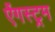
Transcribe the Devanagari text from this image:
ऐंगस्ट्रम